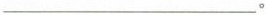
___